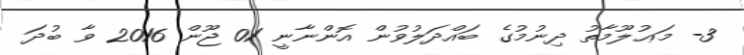
3- މަޢުލޫމާތު ދިނުމުގެ ބައްދަލުވުން އޮންނާނީ 01 ޖޫން 2016 ވާ ބުދަ